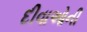
દીવાઓની